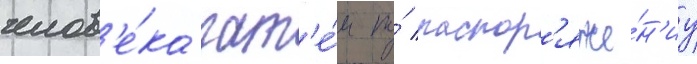
челов'е́ка зат'е́м по́ распор'яже́н'иу